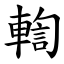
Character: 輷